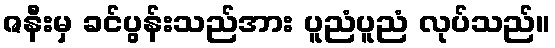
ဇနီးမှ ခင်ပွန်းသည်အား ပူညံပူညံ လုပ်သည်။